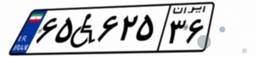
۶۵W۶۲۵۳۶